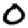
Digit: 0